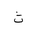
Letter: _tha